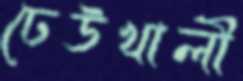
ঢেউখালী